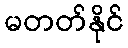
မတတ်နိုင်